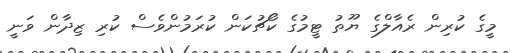
މީގެ ކުރިން ރެއާލްގެ ޔޫތު ޓީމުގެ ކޯޗުކަން ކުރަމުންވެސް ކުރި ޒިދާން ވަނީ